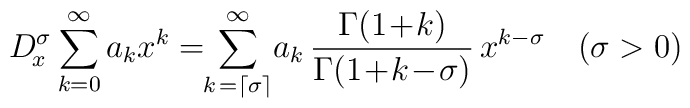
D^\sigma_{\!x} \sum_{k=0}^{\infty} a_k x^k = \!\!\sum_{k\,=\left\lceil\sigma\right\rceil}^{\infty} \!a_k\,\frac{\Gamma(1\!+\!k)}{\Gamma(1\!+\!k\!-\!\sigma)}\,x^{k-\sigma} \quad (\sigma>0)